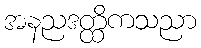
အနညဒတ္ထိကသညာ